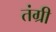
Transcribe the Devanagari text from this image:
तंग्री